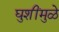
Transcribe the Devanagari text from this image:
घुशींमुळे